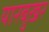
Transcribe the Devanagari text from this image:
यारबुख़र